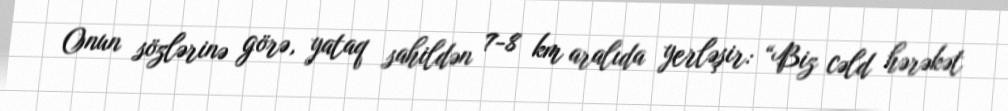
Onun sözlərinə görə, yataq sahildən 7-8 km aralıda yerləşir: “Biz cəld hərəkət